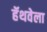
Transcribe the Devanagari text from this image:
हॅथवेला